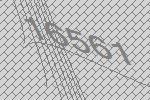
16561